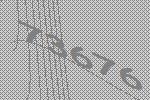
73676